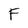
Character: F